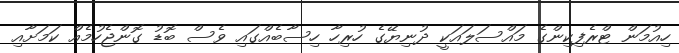
ހިއުމަން ޓްރެފިކިންގެ މައްސަލައަކީ ދުނިޔޭގެ ހުރިހާ ހިސާބެއްގައި ވެސް ބޮޑު ގޮންޖެހުމެއް ކަމަށާއި